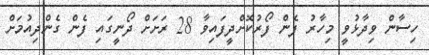
ހިސާން ވިދާޅުވީ މިހާރު ފެން ފޯރުކޮށްދީފައިވާ 28 ރަށަށް ދޯނީގައި ފެން ގެންދިއުމަށް